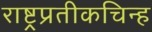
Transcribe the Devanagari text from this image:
राष्ट्रप्रतीकचिन्ह